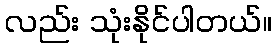
လည်း သုံးနိုင်ပါတယ်။